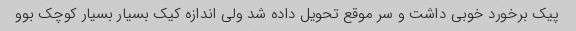
پیک برخورد خوبی داشت و سر موقع تحویل داده شد ولی اندازه کیک بسیار بسیار کوچک بوو